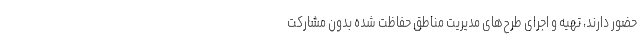
حضور دارند، تهیه و اجرای طرح‌های مدیریت مناطق حفاظت شده بدون مشارکت